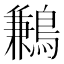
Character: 鶼